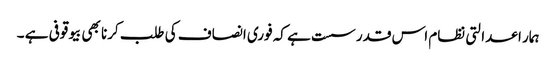
ہمار ا عدالتی نظام اس قدر سست ہے کہ فوری انصاف کی طلب کرنا بھی بیوقوفی ہے ۔